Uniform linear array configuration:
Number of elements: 12
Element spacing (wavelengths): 0.25
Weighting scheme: cosine
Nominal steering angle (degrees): -15
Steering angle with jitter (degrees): -14.839
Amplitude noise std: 0.05
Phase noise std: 0.05

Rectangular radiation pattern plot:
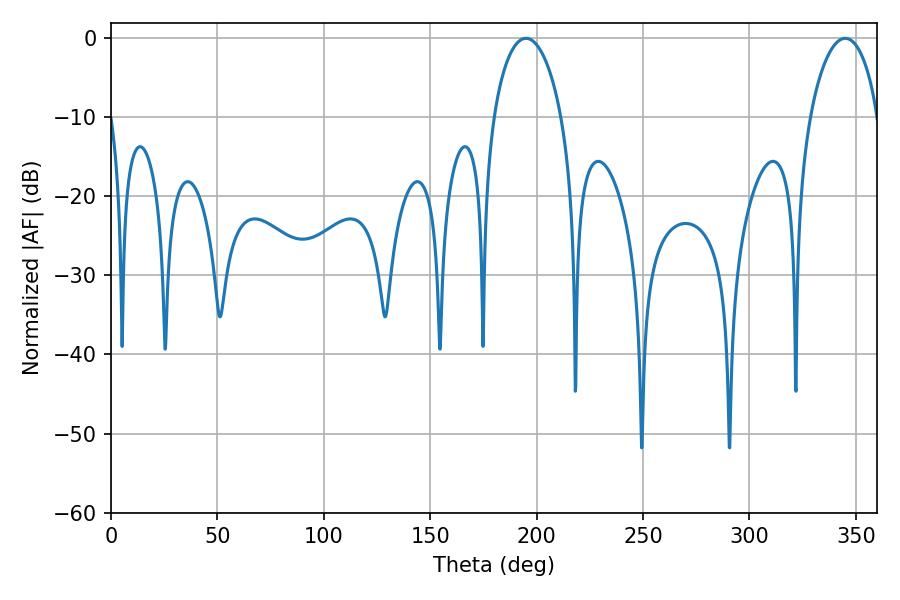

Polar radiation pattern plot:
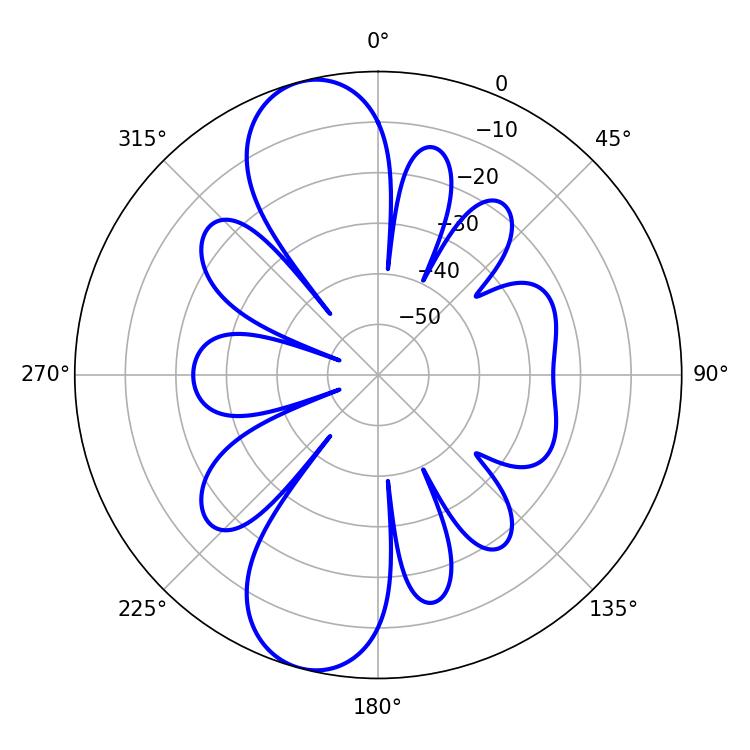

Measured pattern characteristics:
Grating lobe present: FALSE
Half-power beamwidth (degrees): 18.18
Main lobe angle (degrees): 194.94